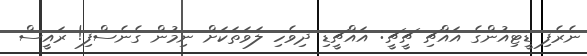
ނެރެފި ޑީޓިއުންގެ އައްޗި ޗީޗީ: އައްޗީޑި ދިވެހި ލަވަތަކަށް ނިމުން ގެނެސްފި! ރައީސް